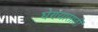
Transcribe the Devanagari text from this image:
घेण्यासाठीं